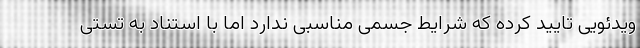
ویدئویی تایید کرده که شرایط جسمی مناسبی ندارد اما با استناد به تستی